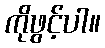
ကိုဖွင့်ပါ။